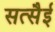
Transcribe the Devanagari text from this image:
सत्सैई